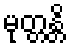
မုတ္တန္တိ